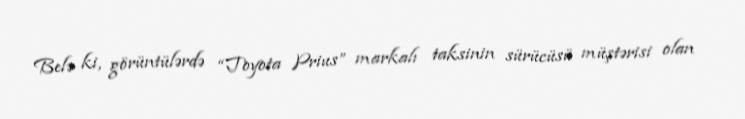
Belə ki, görüntülərdə “Toyota Prius” markalı taksinin sürücüsü müştərisi olan